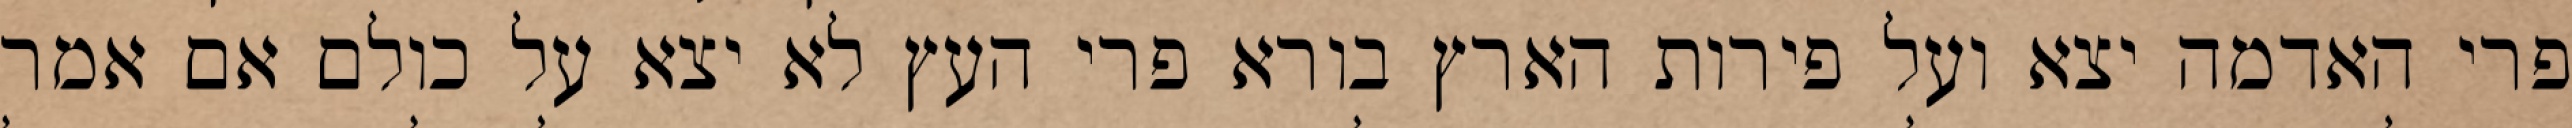
פרי האדמה יצא ועל פירות הארץ בורא פרי העץ לא יצא על כולם אם אמר